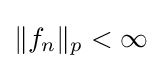
\|f_{n}\|_{p}<\infty